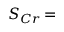
S _ { C r } \! =